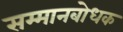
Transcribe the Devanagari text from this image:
सम्मानबोधक